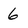
Character: 6